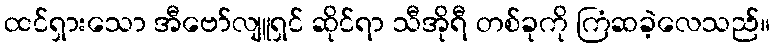
ထင်ရှားသော အီဗော်လျူရှင် ဆိုင်ရာ သီအိုရီ တစ်ခုကို ကြံဆခဲ့လေသည်။